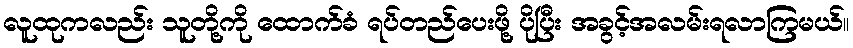
လူထုကလည်း သူတို့ကို ထောက်ခံ ရပ်တည်ပေးဖို့ ပိုပြီး အခွင့်အလမ်းရလာကြမယ်။